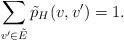
LaTeX: \begin{align*}\sum_{v'\in\tilde{E}} \tilde{p}_H(v,v') = 1.\end{align*}